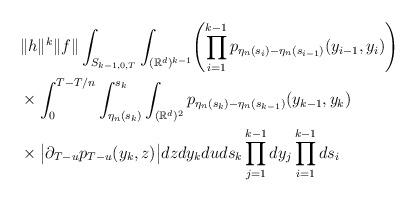
LaTeX: \begin{align*}&\|h\|^k\|f\| \int_{S_{k-1,0,T}}\int_{(\mathbb{R}^d)^{k-1}}\Biggl(\prod_{i=1}^{k-1} p_{\eta_n(s_i)-\eta_n(s_{i-1})}(y_{i-1},y_i)\Biggr)\\&\times\int_0^{T-T/n} \int_{\eta_n(s_k)}^{s_k}\int_{(\mathbb{R}^d)^2} p_{\eta_n(s_k)-\eta_n(s_{k-1})}(y_{k-1},y_k)\\&\times\big|\partial_{T-u} p_{T-u} (y_k,z)\big| dz dy_k du ds_k \prod_{j=1}^{k-1}dy_j \prod_{i=1}^{k-1}ds_{i}\end{align*}